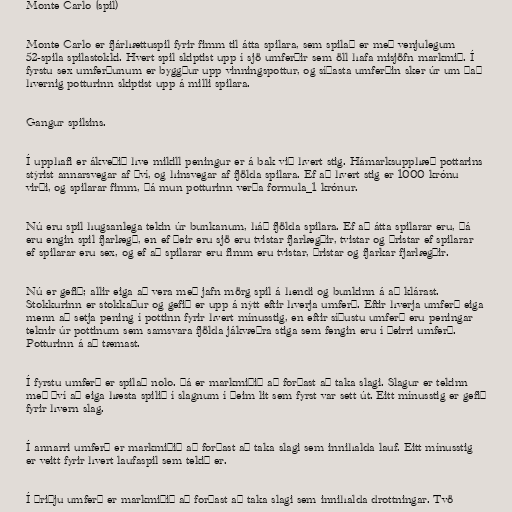
Monte Carlo (spil)

Monte Carlo er fjárhættuspil fyrir fimm til átta spilara, sem spilað er með venjulegum
52-spila spilastokki. Hvert spil skiptist upp í sjö umferðir sem öll hafa misjöfn markmið. Í
fyrstu sex umferðunum er byggður upp vinningspottur, og síðasta umferðin sker úr um það
hvernig potturinn skiptist upp á milli spilara.

Gangur spilsins.

Í upphafi er ákveðið hve mikill peningur er á bak við hvert stig. Hámarksupphæð pottarins
stýrist annarsvegar af því, og hinsvegar af fjölda spilara. Ef að hvert stig er 1000 krónu
virði, og spilarar fimm, þá mun potturinn verða formula_1 krónur.

Nú eru spil hugsanlega tekin úr bunkanum, háð fjölda spilara. Ef að átta spilarar eru, þá
eru engin spil fjarlægð, en ef þeir eru sjö eru tvistar fjarlægðir, tvistar og þristar ef spilarar
ef spilarar eru sex, og ef að spilarar eru fimm eru tvistar, þristar og fjarkar fjarlægðir.

Nú er gefið; allir eiga að vera með jafn mörg spil á hendi og bunkinn á að klárast.
Stokkurinn er stokkaður og gefið er upp á nýtt eftir hverja umferð. Eftir hverja umferð eiga
menn að setja pening í pottinn fyrir hvert mínusstig, en eftir síðustu umferð eru peningar
teknir úr pottinum sem samsvara fjölda jákvæðra stiga sem fengin eru í þeirri umferð.
Potturinn á að tæmast.

Í fyrstu umferð er spilað nolo. Þá er markmiðið að forðast að taka slagi. Slagur er tekinn
með því að eiga hæsta spilið í slagnum í þeim lit sem fyrst var sett út. Eitt mínusstig er gefið
fyrir hvern slag.

Í annarri umferð er markmiðið að forðast að taka slagi sem innihalda lauf. Eitt mínusstig
er veitt fyrir hvert laufaspil sem tekið er.

Í þriðju umferð er markmiðið að forðast að taka slagi sem innihalda drottningar. Tvö